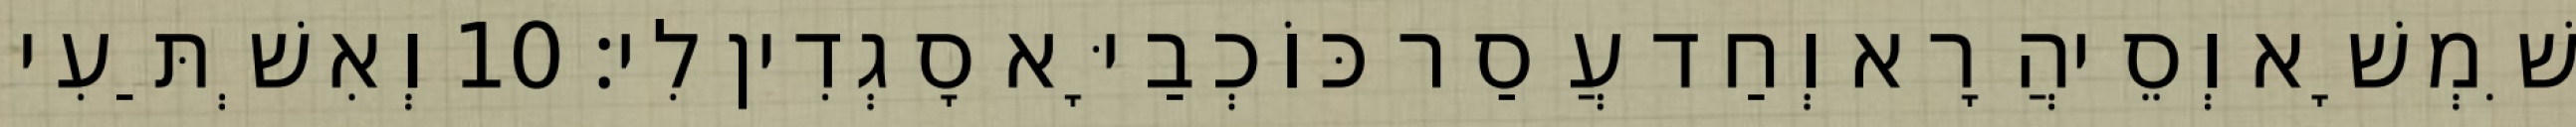
שִׁמְשָׁא וְסֵיהֲרָא וְחַד עֲסַר כּוֹכְבַיָּא סָגְדִין לִי׃ 10 וְאִשְׁתַּעִי